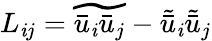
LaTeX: L_{\mathit{i}j}=\widetilde{{{{\bar{{u}}}_{\mathit{i}}}{{\bar{{u}}}_{j}}}}-{{\tilde{{\bar{{u}}}}}_{\mathit{i}}}{{\tilde{{\bar{{u}}}}}_{j}}